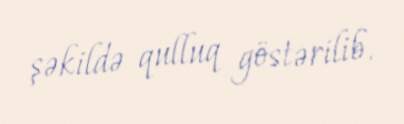
şəkildə qulluq göstərilib.